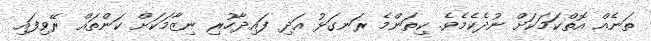
ތަނެއް އޮތްކަމަކަށް ނުދެކެމެވެ. ކިތަންމެ ރަނގަޅު އަދި ފައިދާހުރި ނިޒާމަކަށް ކަންތައް ރޭވިފައި